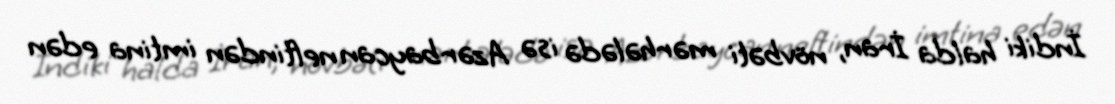
İndiki halda İran, növbəti mərhələdə isə Azərbaycan neftindən imtina edən